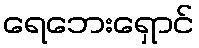
ရေဘေးရှောင်